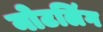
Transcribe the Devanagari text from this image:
नोटलिंग